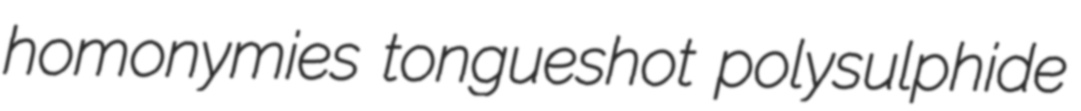
homonymies tongueshot polysulphide